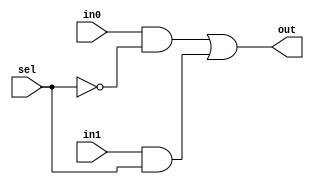
`timescale 1ns / 1ps
//////////////////////////////////////////////////////////////////////////////////
// Company: 
// Engineer: 
// 
// Design Name: 
// Module Name: mux
// Project Name: 
// Target Devices: 
// Tool Versions: 
// Description: 
// 
// Dependencies: 
// 
// Revision:
// Revision 0.01 - File Created
// Additional Comments:
// 
//////////////////////////////////////////////////////////////////////////////////


module mux(
    input [7:0] in0,in1,
    input sel,
    output [7:0] out
    );
    
    assign out = (in0&~sel)|(in1&sel);
    
endmodule